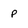
Character: P